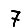
Digit: 7